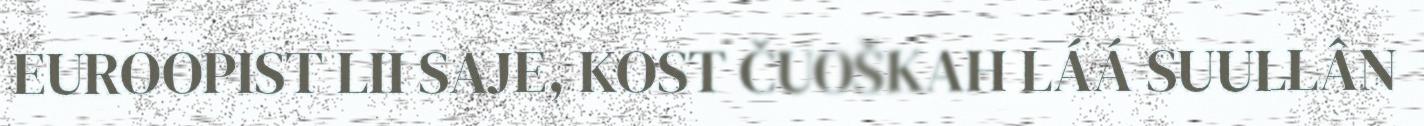
EUROOPIST LII SAJE, KOST ČUOŠKAH LÁÁ SUULLÂN